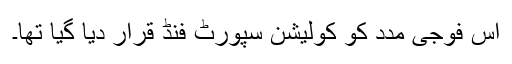
اس فوجی مدد کو کولیشن سپورٹ فنڈ قرار دیا گیا تھا۔